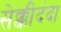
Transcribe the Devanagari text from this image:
सेक्कीदंदा